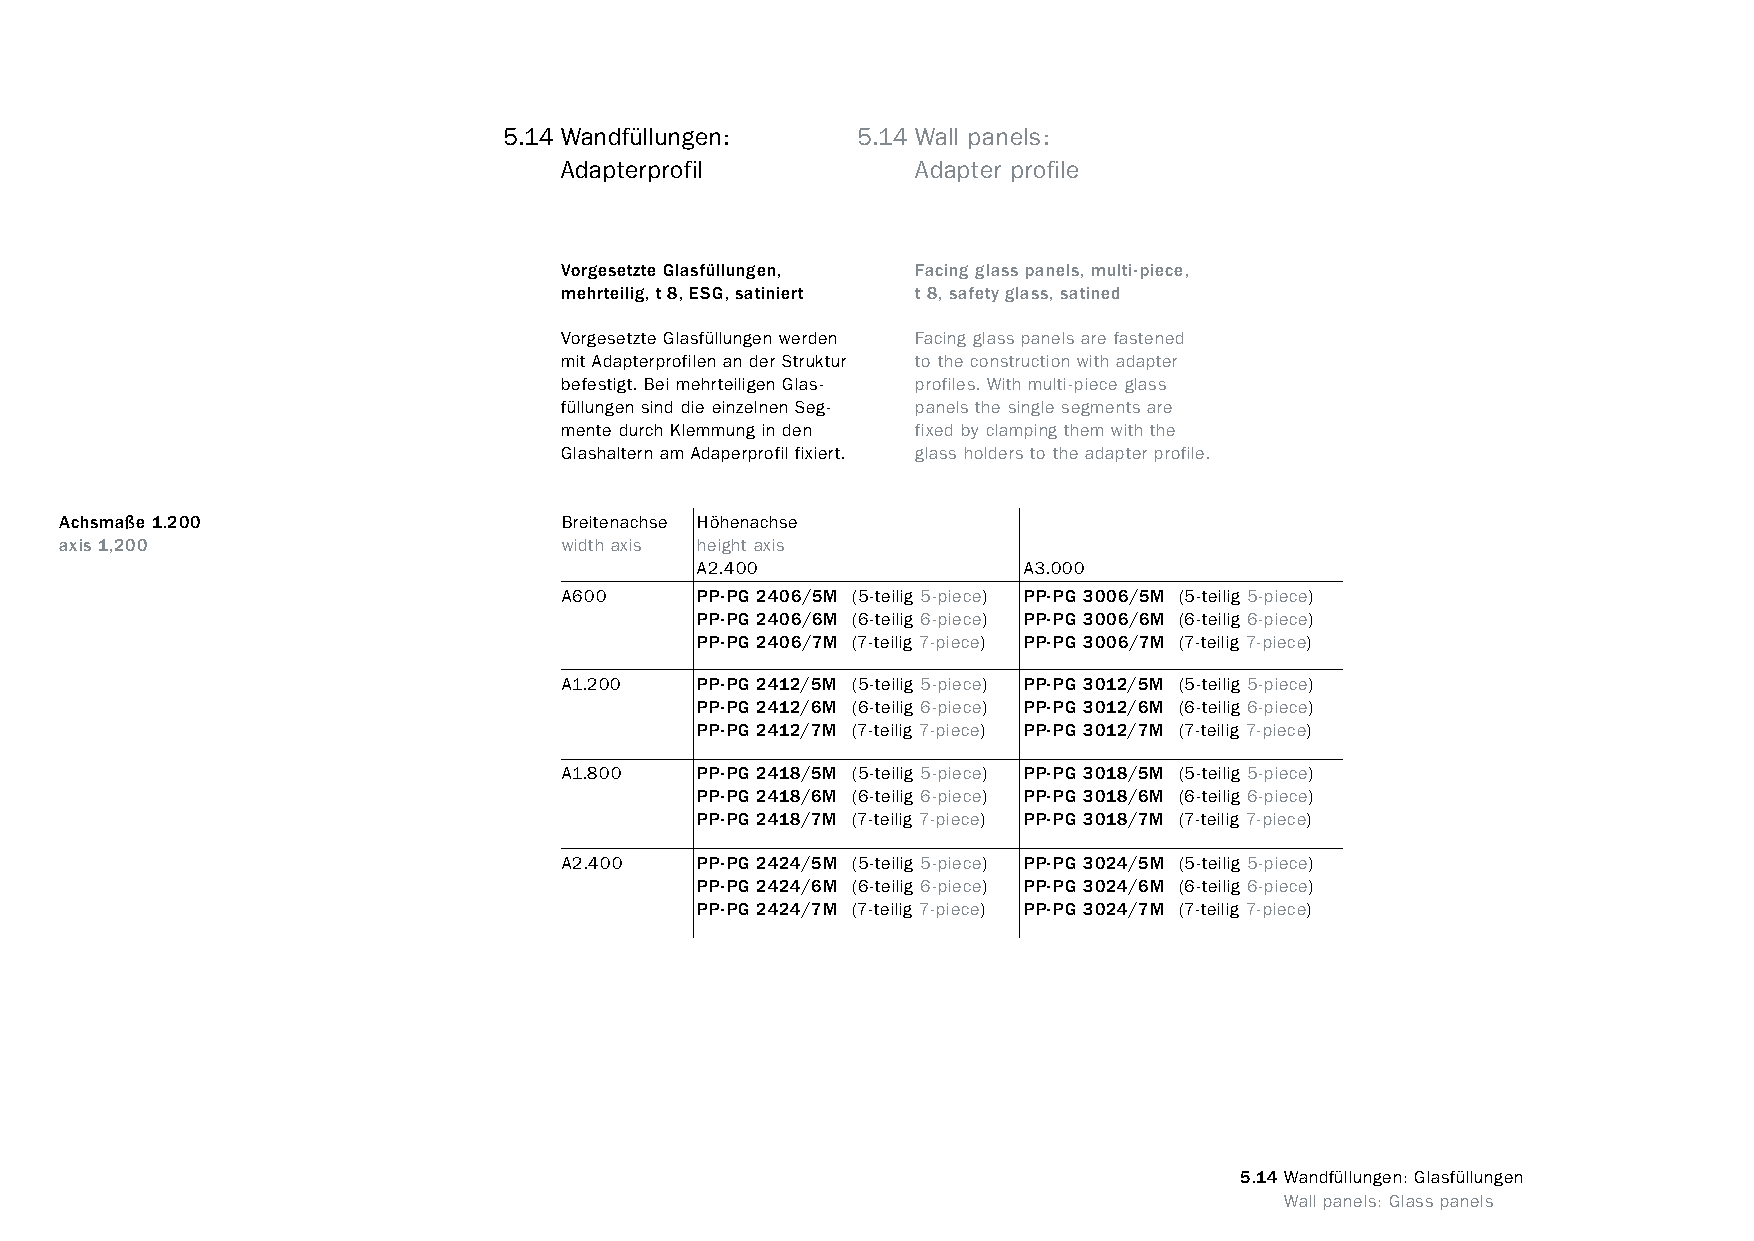
constructivpila petite       5.14 Wandfüllungen:     5.14 Wall panels:
 Adapterprofil           Adapter profile
 Vorgesetzte Glasfüllungen, Facing glass panels, multi-piece,
 mehrteilig, t 8, ESG, satiniert t 8, safety glass, satined
 Vorgesetzte Glasfüllungen werden Facing glass panels are fastened
 mit Adapterprofilen an der Struktur to the construction with adapter
 befestigt. Bei mehrteiligen Glas- profiles. With multi-piece glass
 füllungen sind die einzelnen Seg- panels the single segments are
 mente durch Klemmung in den fixed by clamping them with the
 Glashaltern am Adaperprofil fixiert. glass holders to the adapter profile.
 Achsmaße 1.200                   Breitenachse Höhenachse
 axis 1,200                       width axis height axis
 A2.400                A3.000
 A600     PP-PG 2406/5M (5-teilig 5-piece) PP-PG 3006/5M (5-teilig 5-piece)
 PP-PG 2406/6M (6-teilig 6-piece) PP-PG 3006/6M (6-teilig 6-piece)
 PP-PG 2406/7M (7-teilig 7-piece) PP-PG 3006/7M (7-teilig 7-piece)
 A1.200   PP-PG 2412/5M (5-teilig 5-piece) PP-PG 3012/5M (5-teilig 5-piece)
 PP-PG 2412/6M (6-teilig 6-piece) PP-PG 3012/6M (6-teilig 6-piece)
 PP-PG 2412/7M (7-teilig 7-piece) PP-PG 3012/7M (7-teilig 7-piece)
 A1.800   PP-PG 2418/5M (5-teilig 5-piece) PP-PG 3018/5M (5-teilig 5-piece)
 PP-PG 2418/6M (6-teilig 6-piece) PP-PG 3018/6M (6-teilig 6-piece)
 PP-PG 2418/7M (7-teilig 7-piece) PP-PG 3018/7M (7-teilig 7-piece)
 A2.400   PP-PG 2424/5M (5-teilig 5-piece) PP-PG 3024/5M (5-teilig 5-piece)
 PP-PG 2424/6M (6-teilig 6-piece) PP-PG 3024/6M (6-teilig 6-piece)
 PP-PG 2424/7M (7-teilig 7-piece) PP-PG 3024/7M (7-teilig 7-piece)
 5.14 Wandfüllungen: Glasfüllungen
 www.burkhardtleitner.de                                                          Wall panels: Glass panels